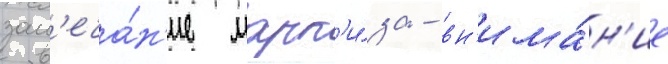
зам'еча́н'ие марк'и́за - вн'има́н'ие